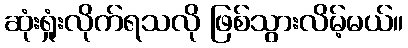
ဆုံးရှုံးလိုက်ရသလို ဖြစ်သွားလိမ့်မယ်။